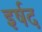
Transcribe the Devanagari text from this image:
इर्षद